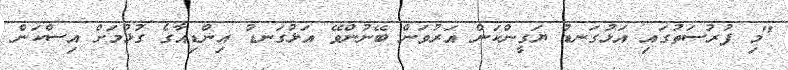
"މި ފުރުސަތުގައި އަޅުގަނޑު ޔަގީންކަން އަރުވަން ބޭނުންވޭ އަޅުގަނޑު އިންޑިއާގެ ގުޅުމަށް އިސްކަން